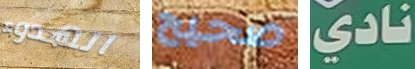
الهدوء صحيح نادي